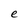
Character: e